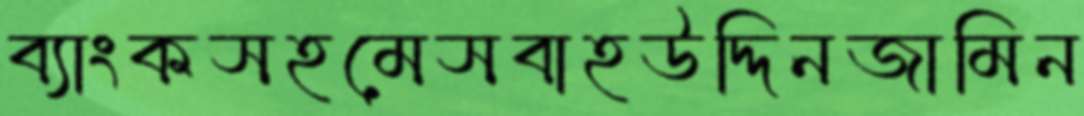
ব্যাংকসহমেসবাহউদ্দিনজামিন